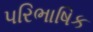
પરિભાષિક